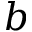
b